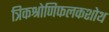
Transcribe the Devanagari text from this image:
त्रिकश्रोणिफलकशोथ